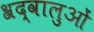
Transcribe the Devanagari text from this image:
श्रद्वालुओं